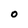
Character: O